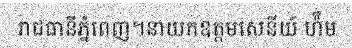
រាជធានីភ្នំពេញ។នាយកឧត្តមសេនីយ៍ ហ៉ឹម